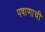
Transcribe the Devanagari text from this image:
पषाणाची